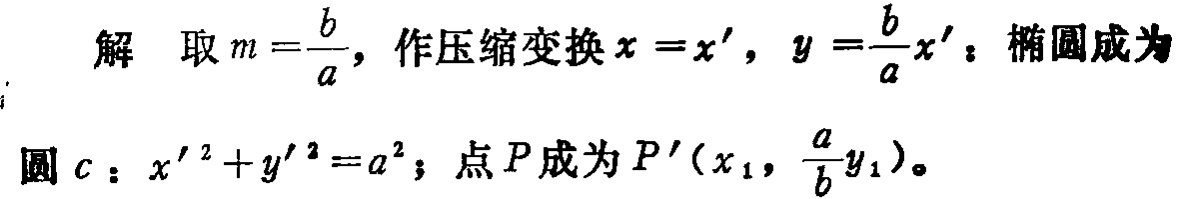
解 取 \(m = \frac{b}{a}\)，作压缩变换 \(x = x'\)，\(y = \frac{b}{a}x'\)：椭圆成为
圆 \(c\)：\(x'^{2}+y'^{2}=a^{2}\)；点 \(P\) 成为 \(P'(x_{1},\frac{a}{b}y_{1})\)。